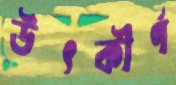
উৎকীর্ণ